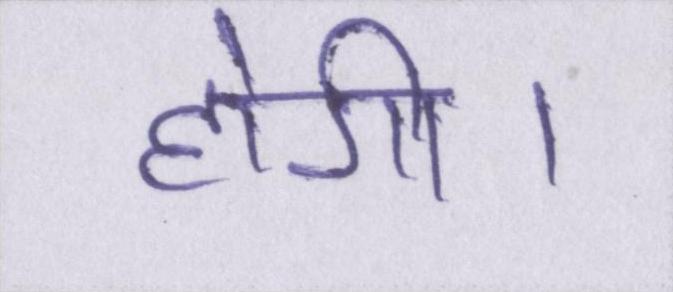
होगी।